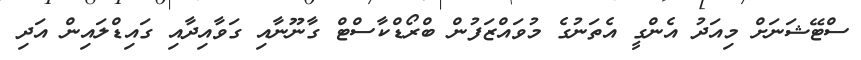
ސްޓޭޝަނަށް މިއަދު އެންގީ އެތަނުގެ މުވައްޒަފުން ބްރޯޑްކާސްޓް ގާނޫނާއި ގަވާއިދާއި ގައިޑްލައިން އަދި